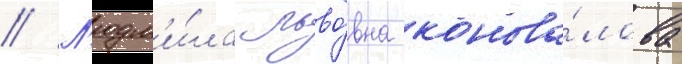
// Л'юдм'и́ла льво́вна конова́лова